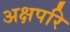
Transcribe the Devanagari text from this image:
अक्षपरि